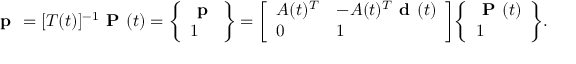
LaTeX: { \textbf { p } } = [ T ( t ) ] ^ { - 1 } { \textbf { P } } ( t ) = { \left\{ \begin{array} { l } { { \textbf { p } } } \\ { 1 } \end{array} \right\} } = { \left[ \begin{array} { l l } { A ( t ) ^ { T } } & { - A ( t ) ^ { T } { \textbf { d } } ( t ) } \\ { 0 } & { 1 } \end{array} \right] } { \left\{ \begin{array} { l } { { \textbf { P } } ( t ) } \\ { 1 } \end{array} \right\} } .